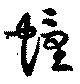
幢